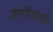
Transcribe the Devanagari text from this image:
जएरोनियमची